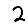
Digit: 2